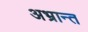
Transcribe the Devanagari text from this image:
अभ्रान्त